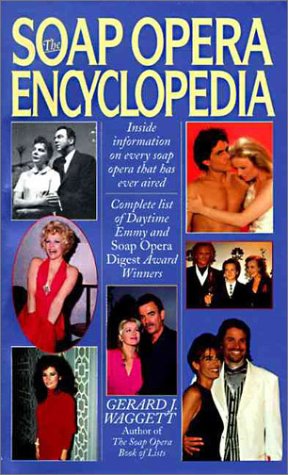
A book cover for The Soap Opera Encyclopedia; Gerard J. Waggett; Humor & Entertainment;